Epidemic dropsy in Calcutta - Number 45
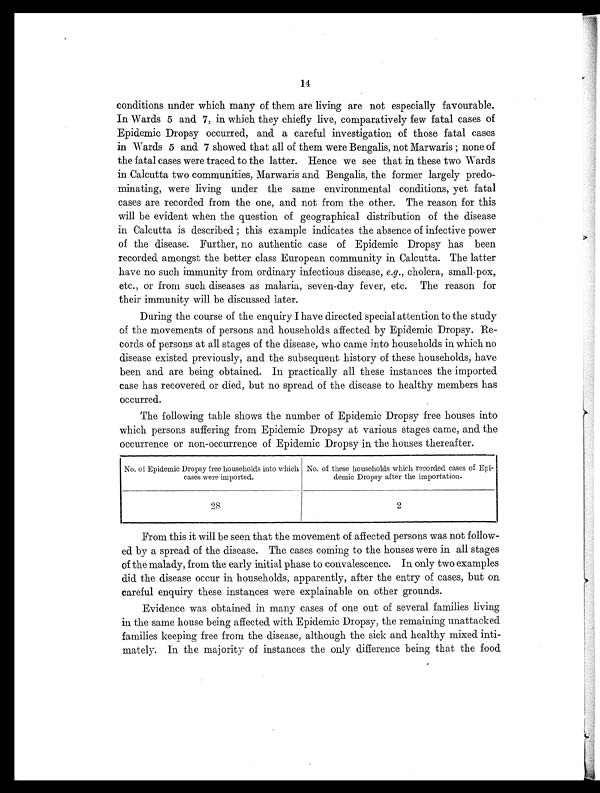
14
conditions under which many of them are living are not especially favourable.
In Wards 5 and 7, in which they chiefly live, comparatively few fatal cases of
Epidemic Dropsy occurred, and a careful investigation of those fatal cases
in Wards 5 and 7 showed that all of them were Bengalis, not Marwaris; none of
the fatal cases were traced to the latter. Hence we see that in these two Wards
in Calcutta two communities, Marwaris and Bengalis, the former largely predo-
minating, were living under the same environmental conditions, yet fatal
cases are recorded from the one, and not from the other. The reason for this
will be evident when the question of geographical distribution of the disease
in Calcutta is described; this example indicates the absence of infective power
of the disease. Further, no authentic case of Epidemic Dropsy has been
recorded amongst the better class European community in Calcutta. The latter
have no such immunity from ordinary infectious disease, e.g., cholera, small-pox,
etc., or from such diseases as malaria, seven-day fever, etc. The reason for
their immunity will be discussed later.
During the course of the enquiry I have directed special attention to the study
of the movements of persons and households affected by Epidemic Dropsy. Re-
cords of persons at all stages of the disease, who came into households in which no
disease existed previously, and the subsequent history of these households, have
been and are being obtained. In practically all these instances the imported
case has recovered or died, but no spread of the disease to healthy members has
occurred.
The following table shows the number of Epidemic Dropsy free houses into
which persons suffering from Epidemic Dropsy at various stages came, and the
occurrence or non-occurrence of Epidemic Dropsy in the houses thereafter.
No. of Epidemic Dropsy free households into which
cases were imported.
No. of these households which recorded cases of Epi-
demic Dropsy after the importation.
28
2
From this it will be seen that the movement of affected persons was not follow-
ed by a spread of the disease. The cases coming to the houses were in all stages
of the malady, from the early initial phase to convalescence. In only two examples
did the disease occur in households, apparently, after the entry of cases, but on
careful enquiry these instances were explainable on other grounds.
Evidence was obtained in many cases of one out of several families living
in the same house being affected with Epidemic Dropsy, the remaining unattached
families keeping free from the disease, although the sick and healthy mixed inti-
mately. In the majority of instances the only difference being that the food